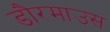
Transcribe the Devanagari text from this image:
डौरमाउस